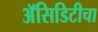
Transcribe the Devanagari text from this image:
अॅसिडिटीचा